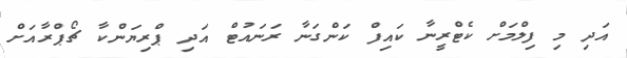
އަދި މި ފިލްމަށް ކެޓްރީނާ ކައިފް ކަންގަނާ ރަނައުޓް އަދި ޕްރިޔަންކާ ޗޯޕްރާއަށް